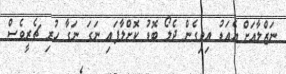
ނަޒްލާއަށް އެއަޑު އިވިގެން ދެލޯ ބޮޑު ކޮށްލާފައި ނަގަ ނަގާ ހުރި ޗެރީވެސް